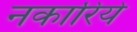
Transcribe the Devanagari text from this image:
नकारिये